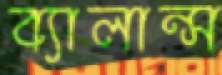
ব্যালান্স